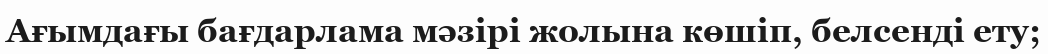
Ағымдағы бағдарлама мәзірі жолына көшіп, белсенді ету;